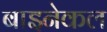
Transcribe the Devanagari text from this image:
बाइनेकल